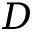
D